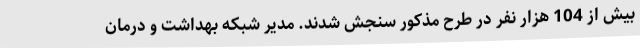
بیش از 104 هزار نفر در طرح مذکور سنجش شدند. مدیر شبکه بهداشت و درمان